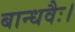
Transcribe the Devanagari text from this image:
बान्धवैः।